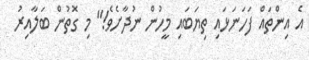
އެ އިންތައް ފަހަނަޅައި ތިޔަބައި މީހުން ނުދާށެވެ!" މި ގޮތުން ބަލާއިރު